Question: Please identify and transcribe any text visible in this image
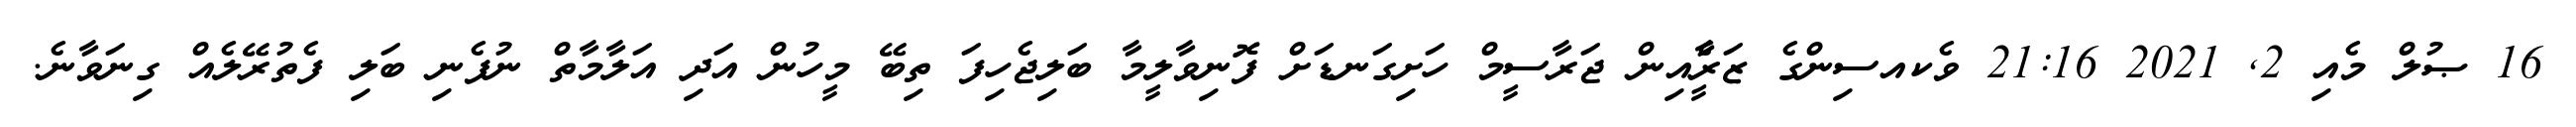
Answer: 16 ޞުލް މެއި 2, 2021 21:16 ވެކއސިންގެ ޒަރީެާއިން ޖަރާސީމް ހަށިގަނޑަށް ފޮނިވާލީމާ ބަލިޖެހިފަ ތިބޭ މީހުން އަދި އަލާމާތް ނުފެނި ބަލި ފެތުރޭލެއް ގިނަވާނެ.